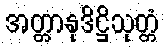
အတ္တာနုဒိဋ္ဌိသုတ္တံ